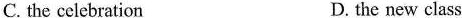
C. the celebration D. the new class